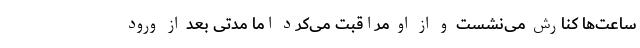
ساعت‌ها کنارش می‌نشست و از او مراقبت می‌کرد اما مدتی بعد از ورود